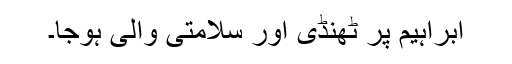
ابراہیم پر ٹھنڈی اور سلامتی والی ہوجا۔